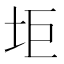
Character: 𱖑